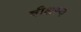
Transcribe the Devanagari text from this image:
वीक्षस्व